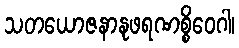
သတယောဇနာနုဖရဏစ္စိဝေဂါ၊